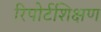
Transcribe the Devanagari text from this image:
रिपोर्टशिक्षण